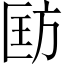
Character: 𪯵